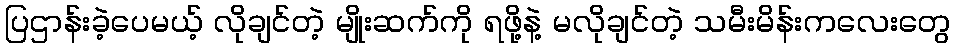
ပြဌာန်းခဲ့ပေမယ့် လိုချင်တဲ့ မျိုးဆက်ကို ရဖို့နဲ့ မလိုချင်တဲ့ သမီးမိန်းကလေးတွေ